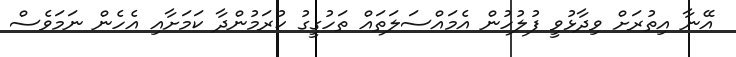
އޭނާ އިތުރަށް ވިދާޅުވީ ފުލުހުން އެމައްސަލަތައް ތަހުގީގު ކުރަމުންދާ ކަމަށާއި އެހެން ނަމަވެސް